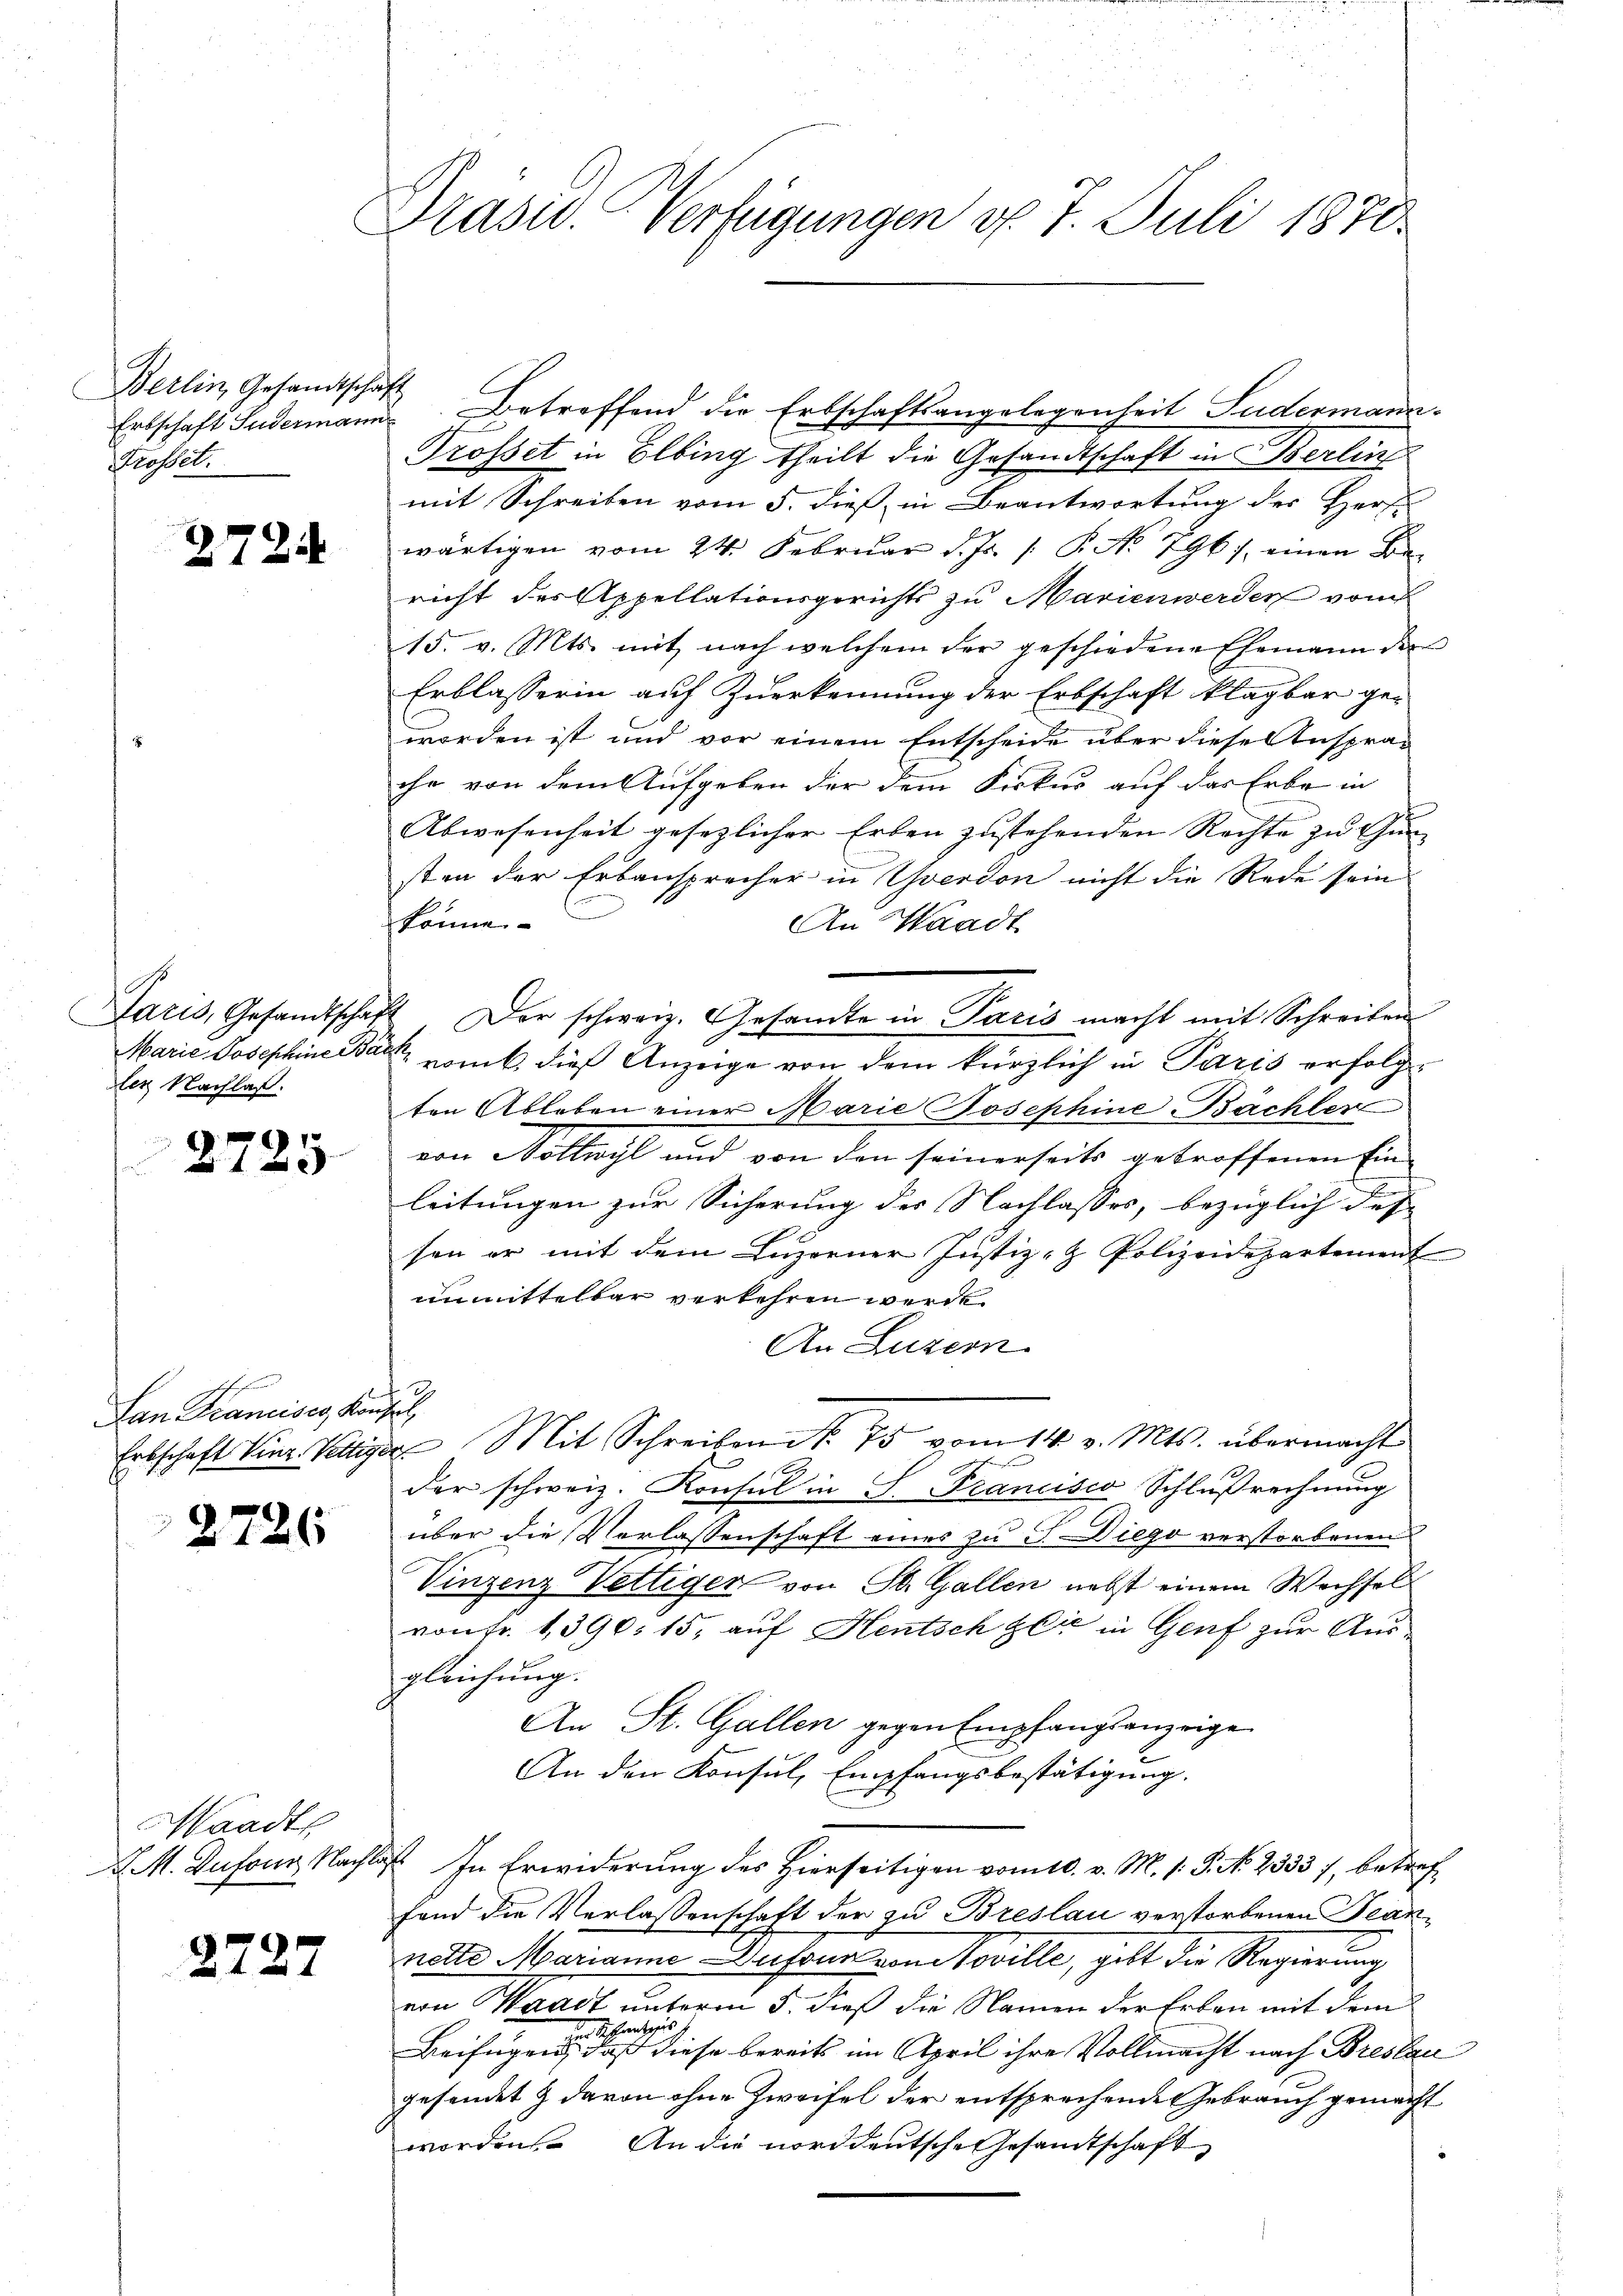
Berlin, Gesandtschaft
Trosset.

2724

ler Nachlaß.

2725.

Lan Krancises Konsel

2726

Waadt,

2727

Präsid. Verfügungen d. 7. Juli 1870.

Erbschaft Gudermann Betreffend die Erbschaftsangelegenheit Pudermann
Trosset in Elbing theilt die Gesandtschaft in Berling
mit Schreiben vom 5. dieß in Beantwortung des Herze
wärtigen vom 24. Februar d. Js. /: P. No 796), einen Bericht des Appellationsgerichts zu Marienwerden vom
15. v. Mts. mit nach welchem der geschiedene Ehemann der
Erblasserin auf Zuerkennung der Erbschaft klagbar geworden ist und vor einem Entscheide über diese Ansprache von dem Aufgeben der dem Fiskus auf das Erbe in
Abwesenheit gesezlicher Erben zustehenden Rechte zu Gun- |
sten der Erbansprecher in Yverdon nicht die Rede sein
könne.
An Waadt
Laris, Gesandtschaft der schweiz. Gesandte in Paris macht mit Schreiben
Marie Josephine war von dieß Anzeige von dem kürzlich in Paris erfolgten Ableben einer Marie Josephine Bächler
von Vollwyl und von den seinerseits getroffenen Ein-
leitungen zur Sicherung der Nachlasses, bezüglich des
sen er mit dem Luzerner Justiz- & Polizeidepartement
unmittelbar verkehren werde
An Luzern.
3.
Erbschaft Vinz. Vettiger Mit Schreiben No. 75 vom 14. v. Mts. übermacht
der schweiz. Konsul in S. Francisco Schlußrechnung
über die Verlassenschaft eines zu 3. Diego verstorbenen
Vinzenz Vettiger von St. Gallen nebst einem Wechsel
vonFr. 1390. 15, auf Hentsch zer in Genf zur Ausgleichung.
An St. Gallen gegen Empfangsanzeige
An den Konsul, Empfangsbestätigung.
J. M. Dufour, Nachbarst. In Erwiderung des Hierseitigen vom 10. v. M. s. P. No. 2333), betreffand die Verlassenschaft der zu Breslau verstorbenen Teannette Marianne Dufour von Noville, gibt die Regierung
von Waadt unterm 5. dieß die Namen der Erben mit dem
un Schiesiges
Beifügen, daß diese bereits im April ihre Vollmacht nach Breslau
gesendet & davon ohne Zweifel der entsprechende Gebrauch gemacht
worden. An die norddeutsche Gesandtschaft